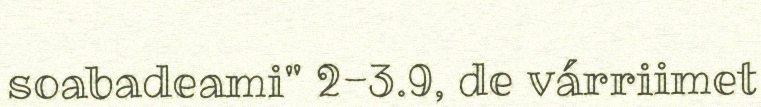
soabadeami" 2-3.9, de várriimet